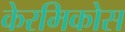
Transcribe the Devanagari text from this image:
केरमिकोस